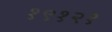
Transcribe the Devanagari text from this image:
१९१२१